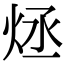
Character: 𤇶